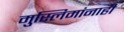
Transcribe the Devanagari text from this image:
मुस्लिमांनाही